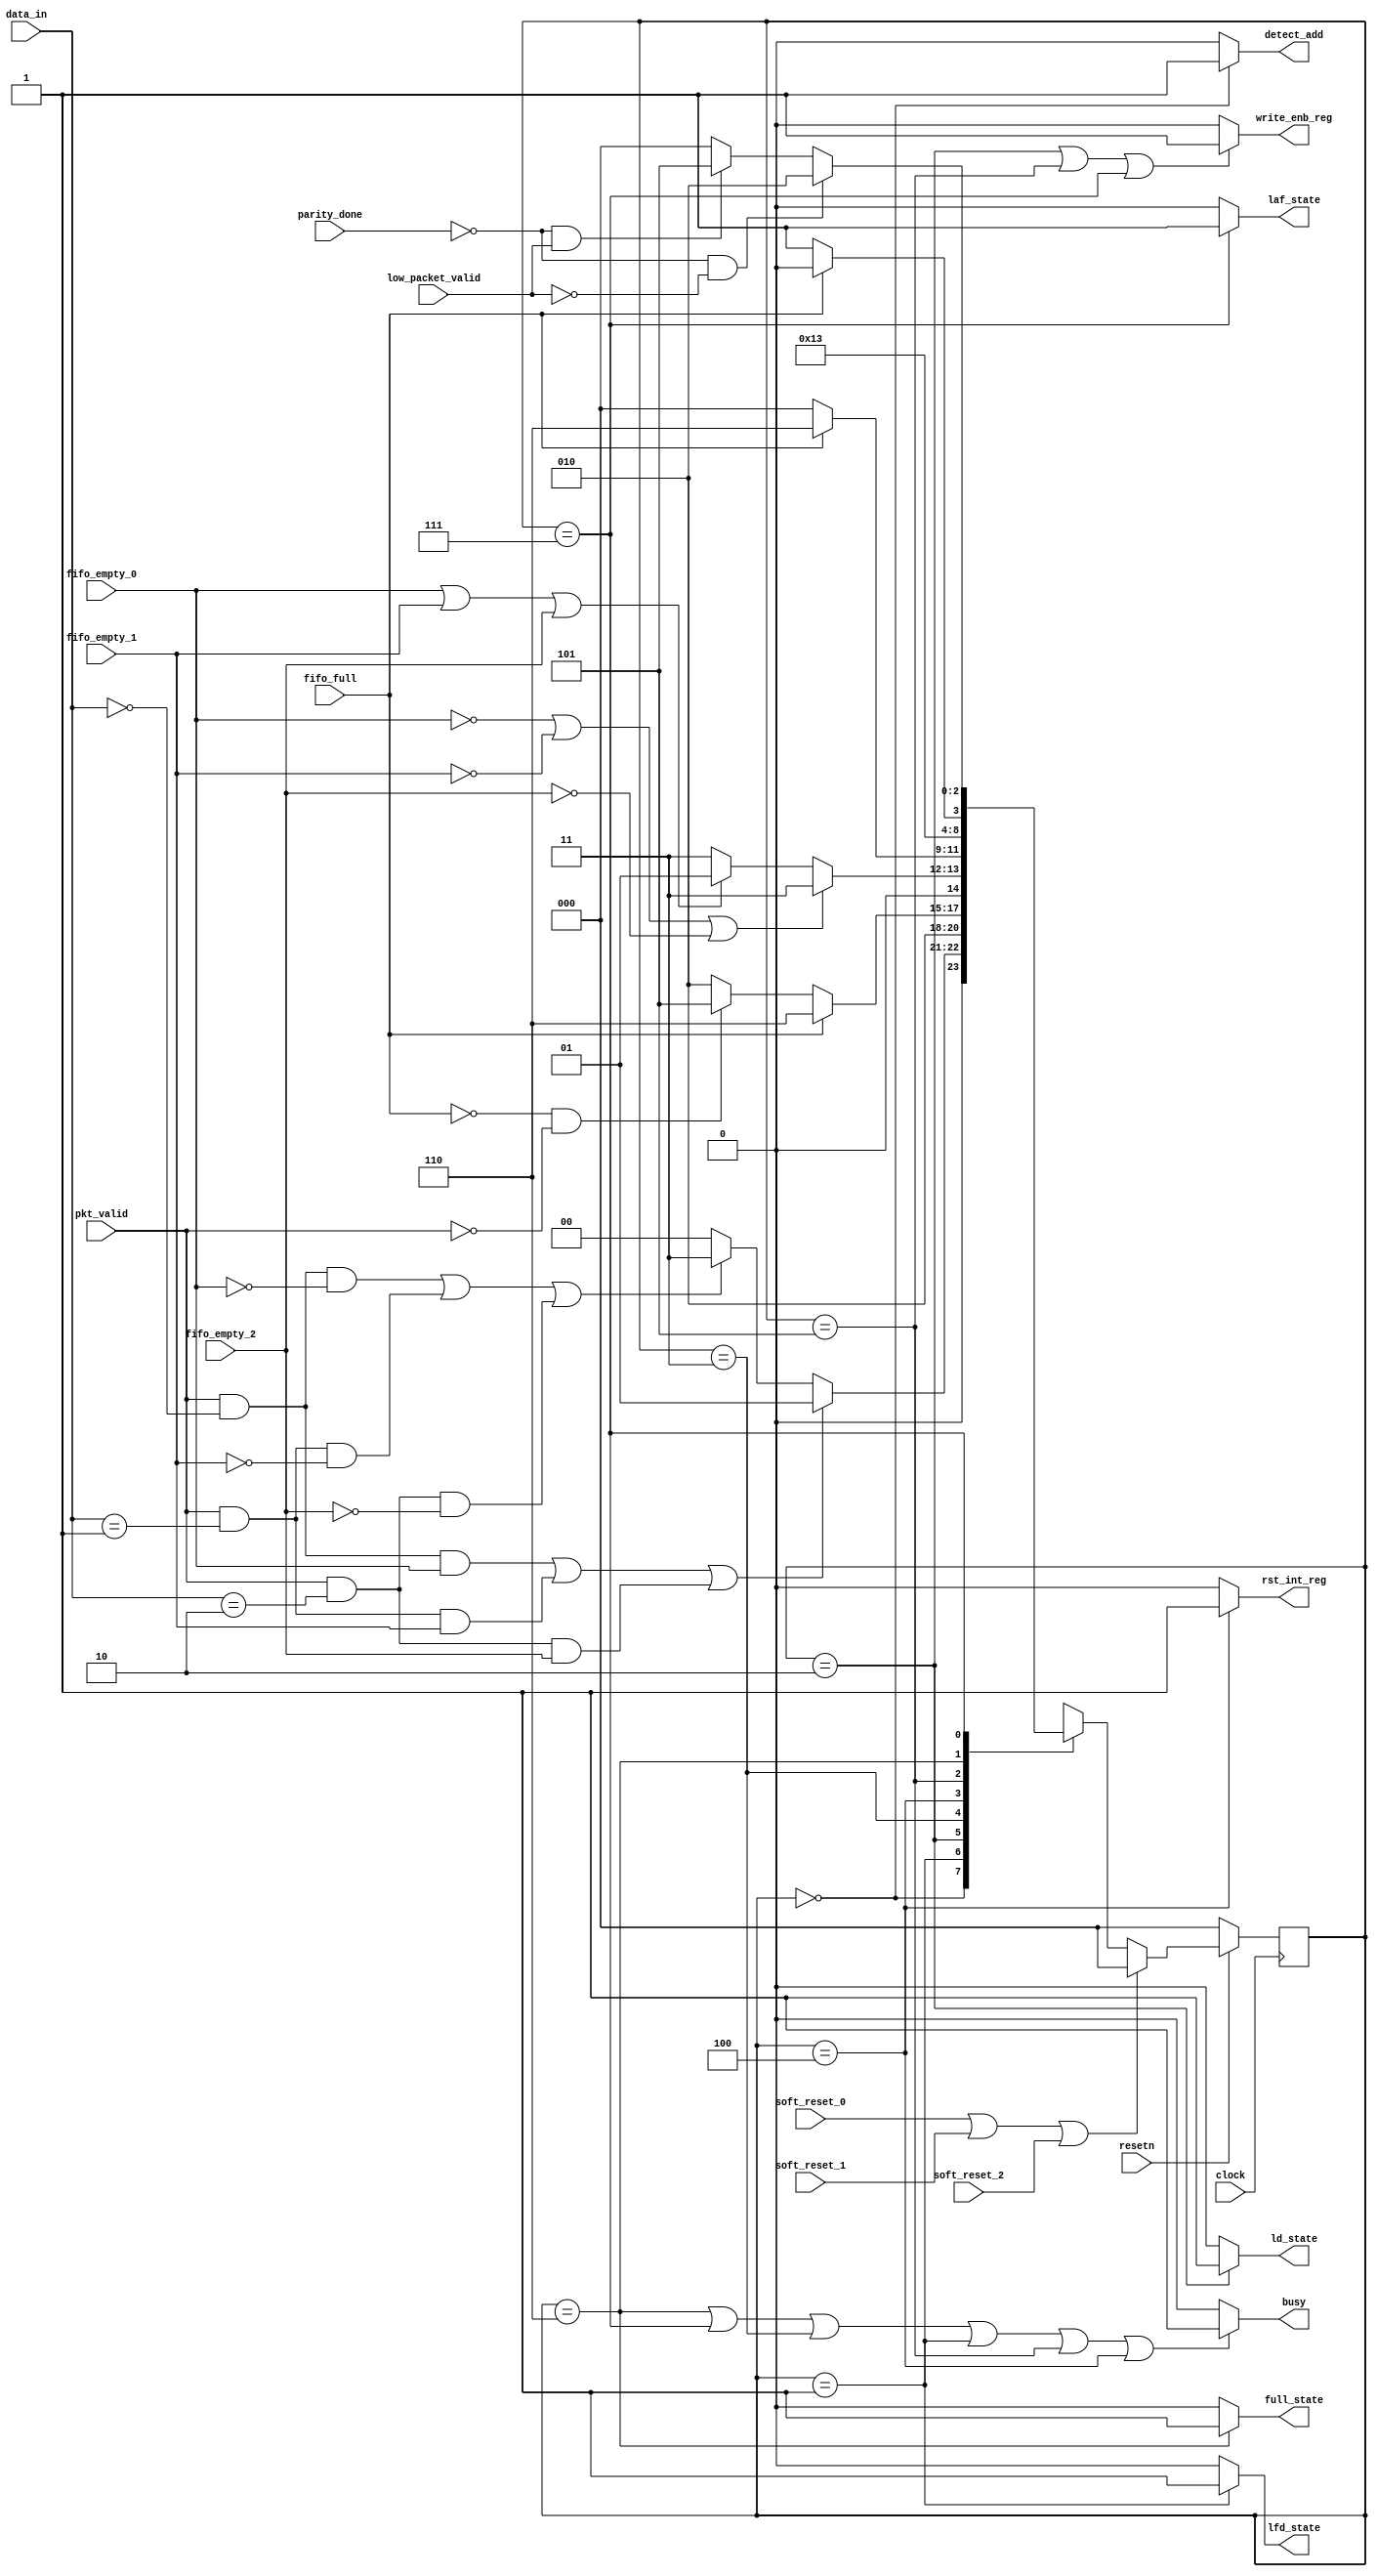
module router_fsm(clock,resetn,pkt_valid,data_in,fifo_full,fifo_empty_0,fifo_empty_1,fifo_empty_2,
                  soft_reset_0,soft_reset_1,soft_reset_2,parity_done,low_packet_valid,
                  write_enb_reg,detect_add,ld_state,laf_state,lfd_state,full_state,rst_int_reg,busy);

input clock,resetn,pkt_valid,fifo_full,fifo_empty_0,fifo_empty_1,fifo_empty_2;
input soft_reset_0,soft_reset_1,soft_reset_2,parity_done,low_packet_valid;
input [1:0] data_in;
output write_enb_reg,detect_add,ld_state,laf_state,lfd_state,full_state,rst_int_reg,busy;
  
  
parameter DECODE_ADDRESS     = 3'b000,
          LOAD_FIRST_DATA 	 = 3'b001,
          LOAD_DATA 		 = 3'b010,
          WAIT_TILL_EMPTY 	 = 3'b011,
          CHECK_PARITY_ERROR = 3'b100,
          LOAD_PARITY 		 = 3'b101,
          FIFO_FULL_STATE 	 = 3'b110,
          LOAD_AFTER_FULL 	 = 3'b111;
  
  reg [2:0] PS,NS;
          
  always@(posedge clock)
    begin
      if(!resetn)
        PS <= DECODE_ADDRESS;
      else if(soft_reset_0 || soft_reset_1 || soft_reset_2)
        PS <= DECODE_ADDRESS;
      else 
        PS <= NS;
    end
  
  
  always@(*)
    begin
      NS = DECODE_ADDRESS;
      case(PS)
        
        DECODE_ADDRESS : 
                  begin
                    if((pkt_valid && (data_in[1:0]==0) && fifo_empty_0)||
                       (pkt_valid && (data_in[1:0]==1) && fifo_empty_1)||
                       (pkt_valid && (data_in[1:0]==2) && fifo_empty_2))
                      
                      NS = LOAD_FIRST_DATA;
                    
                    else if((pkt_valid && (data_in[1:0]==0) && (~fifo_empty_0))||
                            (pkt_valid && (data_in[1:0]==1) && (~fifo_empty_1))||
                            (pkt_valid && (data_in[1:0]==2) && (~fifo_empty_2)))
                      
                      NS = WAIT_TILL_EMPTY;
                    
                    else
                      NS = DECODE_ADDRESS;
                  end
        
        LOAD_FIRST_DATA :  NS = LOAD_DATA;
        
        LOAD_DATA       : 
                        begin
			      			if(fifo_full)
				 				NS=FIFO_FULL_STATE;
                          else if(!fifo_full && !pkt_valid)
				 				NS=LOAD_PARITY;
			      			else
				 				NS=LOAD_DATA;
			   			end 
        
        WAIT_TILL_EMPTY  : 
                        begin
                          if((!fifo_empty_0) || (!fifo_empty_1) || (!fifo_empty_2))
				 			NS=WAIT_TILL_EMPTY;
			      		  else if(fifo_empty_0||fifo_empty_1||fifo_empty_2)
				 			NS=LOAD_FIRST_DATA;
			      		  else
				 			NS=WAIT_TILL_EMPTY;
                         end
        
        CHECK_PARITY_ERROR:
          				begin
			    			if(fifo_full)
			      	 			NS=FIFO_FULL_STATE;
			    			else
			         			NS=DECODE_ADDRESS;

			   			 end

       LOAD_PARITY     	  :	NS=CHECK_PARITY_ERROR;
			 

       FIFO_FULL_STATE	  :	   
          				begin
                        	if(!fifo_full)
			         			NS=LOAD_AFTER_FULL;
			      			else if(fifo_full)
			         			NS=FIFO_FULL_STATE;
			  		 		end
        
        LOAD_AFTER_FULL:	   
          				begin
          					if((!parity_done) && (!low_packet_valid))
			   					NS=LOAD_DATA;
          					else if((!parity_done) && (low_packet_valid))
			   					NS=LOAD_PARITY;
          					else if(parity_done)
			   					NS=DECODE_ADDRESS;
			   			 end
        
      endcase
   end
  
  assign detect_add = ((PS==DECODE_ADDRESS)?1:0); 
  assign write_enb_reg=((PS==LOAD_DATA||PS==LOAD_PARITY||PS==LOAD_AFTER_FULL)?1:0);
  assign full_state=((PS==FIFO_FULL_STATE)?1:0);
  assign lfd_state=((PS==LOAD_FIRST_DATA)?1:0);
  assign busy=((PS==FIFO_FULL_STATE||PS==LOAD_AFTER_FULL||PS==WAIT_TILL_EMPTY||
       PS==LOAD_FIRST_DATA||PS==LOAD_PARITY||PS==CHECK_PARITY_ERROR)?1:0);
  //assign busy=((PS==LOAD_DATA || PS==DECODE_ADDRESS)?0:1);
  assign ld_state=((PS==LOAD_DATA)?1:0);
  assign laf_state=((PS==LOAD_AFTER_FULL)?1:0);
  assign rst_int_reg=((PS==CHECK_PARITY_ERROR)?1:0);
  
endmodule